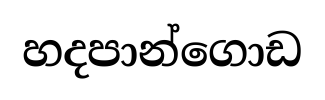
හදපාන්ගොඩ